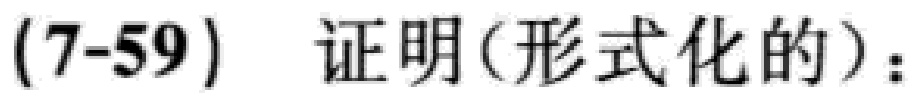
(7-59) 证明(形式化的)：